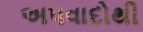
અપવાદોથી